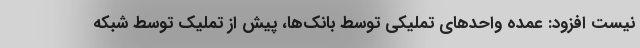
نیست افزود: عمده واحدهای تملیکی توسط بانک‌ها، پیش از تملیک توسط شبکه